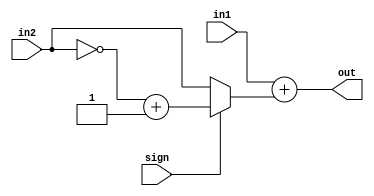
module adder16(in1,in2,out,sign);
input [15:0]in1,in2;
input sign;
output [15:0] out;

wire [15:0] in2_;
assign in2_ = (sign)?~in2+1:in2;
assign out = in1+in2_;

endmodule